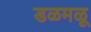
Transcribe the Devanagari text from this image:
डळमळू